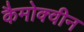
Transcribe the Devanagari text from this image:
कैमोक्वीन